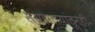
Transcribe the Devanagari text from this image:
संग्रहालयांतूनही